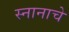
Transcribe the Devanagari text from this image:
स्नानाचे